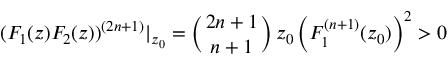
( F _ { 1 } ( z ) F _ { 2 } ( z ) ) ^ { ( 2 n + 1 ) } | _ { z _ { 0 } } = \left( 2 n + 1 \atop n + 1 \right) z _ { 0 } \left( F _ { 1 } ^ { ( n + 1 ) } ( z _ { 0 } ) \right) ^ { 2 } > 0